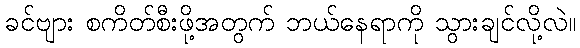
ခင်ဗျား စကိတ်စီးဖို့အတွက် ဘယ်နေရာကို သွားချင်လို့လဲ။